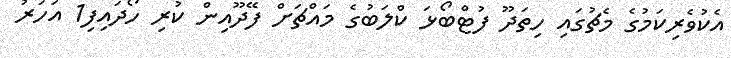
އެކުވެރިކަމުގެ މެޗުގައި ހިތަދޫ ފުޓްބޯޅަ ކްލަބުގެ މައްޗަށް ފޭދޫއިން ކުރި ހޯދައިފި1 އަހަރު